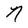
Character: N